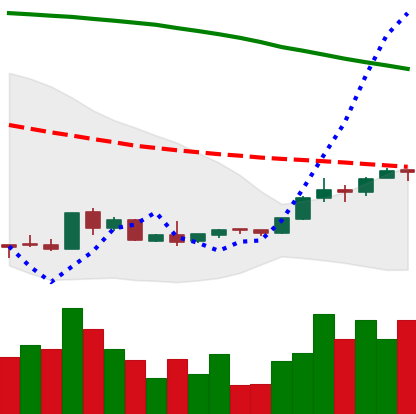
Ticker: EOS-USD
Chart end date: 2018-09-02
Forward return: -22.799%
Label: down_7plus